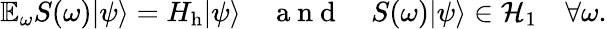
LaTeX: \mathbb{E}_{\omega}S(\omega)|\psi\rangle=H_{\mathrm{h}}|\psi\rangle\quad\mathrm{~a~n~d~}\quad S(\omega)|\psi\rangle\in\mathcal{H}_{1}\quad\forall\omega.